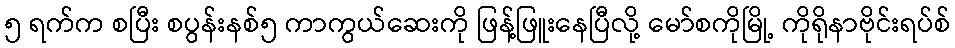
၅ ရက်က စပြီး စပွန်းနစ်၅ ကာကွယ်ဆေးကို ဖြန့်ဖြူးနေပြီလို့ မော်စကိုမြို့ ကိုရိုနာဗိုင်းရပ်စ်